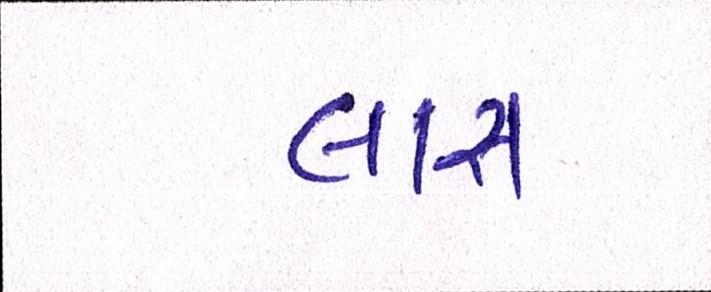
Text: લાસ